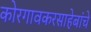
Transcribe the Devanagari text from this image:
कोरगावकरसाहेबांचे